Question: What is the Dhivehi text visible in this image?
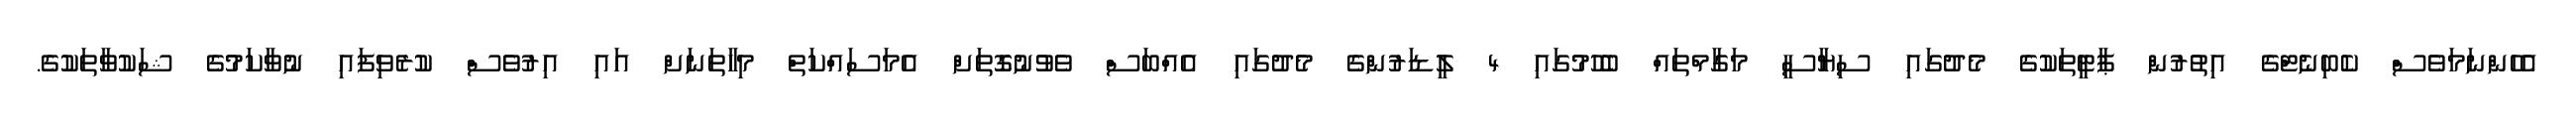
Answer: އެހެންނަމަވެސް ކެބިނެޓްގެ އިތުރުން ޕާޓީތަކުގެ މެދުގައި ސިޔާސީ މަގާމްތައް ބެހުމުގައި 4 ލީޑަރުންގެ މެދުގައި އެއްބަސް ވެވުނުގޮތަށް އެމަސައްކަތް މިހާތަނަށް އައި އިރުވެސް ކުރެވިފައި ނުވާކަމުގެ ޝަކުވާތަކުގެ.